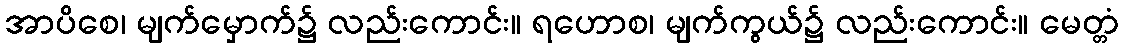
အာပိစေ၊ မျက်မှောက်၌ လည်းကောင်း။ ရဟောစ၊ မျက်ကွယ်၌ လည်းကောင်း။ မေတ္တံ